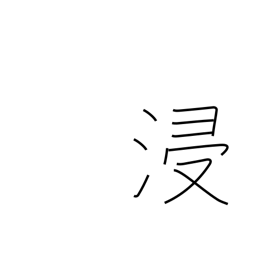
Meaning: soak